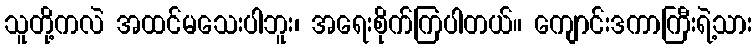
သူတို့ကလဲ အထင်မသေးပါဘူး၊ အရေးစိုက်ကြပါတယ်။ ကျောင်းဒကာကြီးရဲ့သား